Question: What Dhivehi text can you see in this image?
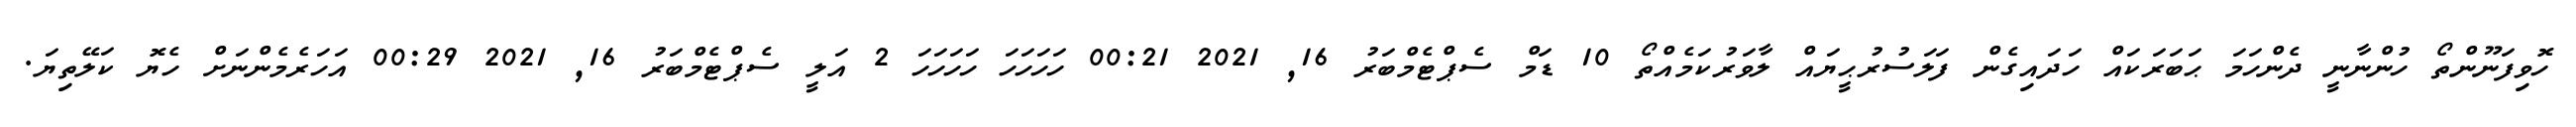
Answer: ހޮވިފަނޫންތޯ ހުންނާނީ ދެންހަމަ ޙަބަރަކައް ހަދައިގެން ފަލަސުރުޙީޔައް ލާވަރުކަމެއްތޯ 10 ޑަމް ސެޕްޓެމްބަރު 16, 2021 00:21 ހަހަހަހަ ހަހަހަހަ 2 އަލީ ސެޕްޓެމްބަރު 16, 2021 00:29 އަހަރެމެންނަށް ހެޔޮ ކަލޭތިޔަ.